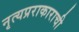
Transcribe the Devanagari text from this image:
नृत्यप्रराकाराची